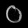
Digit: ၀